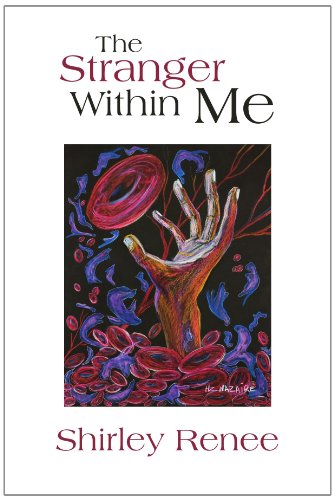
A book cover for The Stranger Within Me; Shirley Renee; Health, Fitness & Dieting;